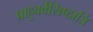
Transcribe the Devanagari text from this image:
प्राहुवर्वसिष्ठात्रि